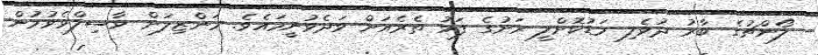
ލޯންޗުގެ ބާރު ދުވެލި މަޑުކޮށްލީ ރަށުގެ ފަޅު ތެރެއަށް ވަދެވުނީމައެވެ. މަންޒިލަށް ވާސިލްވެވުމުން